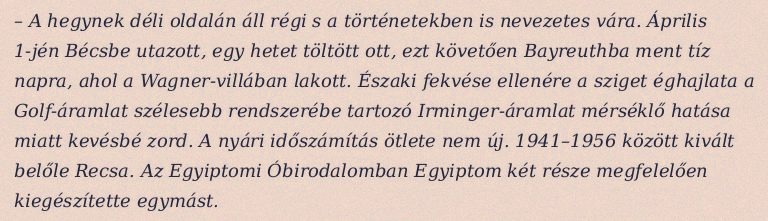
– A hegynek déli oldalán áll régi s a történetekben is nevezetes vára. Április 1-jén Bécsbe utazott, egy hetet töltött ott, ezt követően Bayreuthba ment tíz napra, ahol a Wagner-villában lakott. Északi fekvése ellenére a sziget éghajlata a Golf-áramlat szélesebb rendszerébe tartozó Irminger-áramlat mérséklő hatása miatt kevésbé zord. A nyári időszámítás ötlete nem új. 1941–1956 között kivált belőle Recsa. Az Egyiptomi Óbirodalomban Egyiptom két része megfelelően kiegészítette egymást.